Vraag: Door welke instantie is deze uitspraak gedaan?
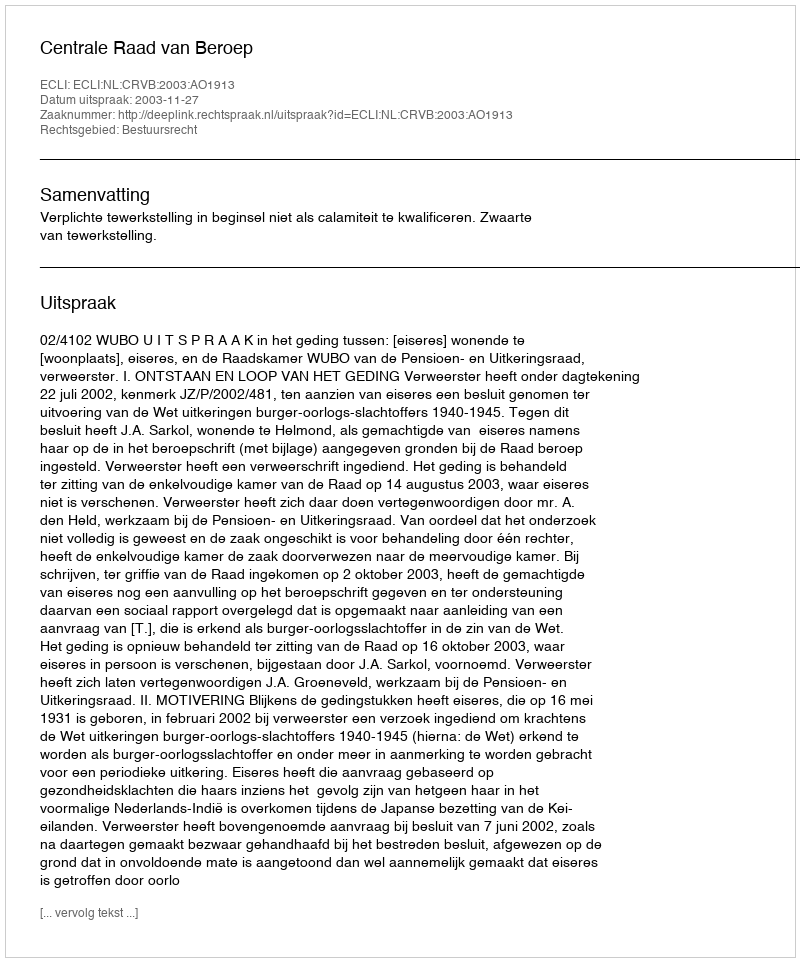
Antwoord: Centrale Raad van Beroep